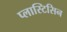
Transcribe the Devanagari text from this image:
प्लास्टिसिन